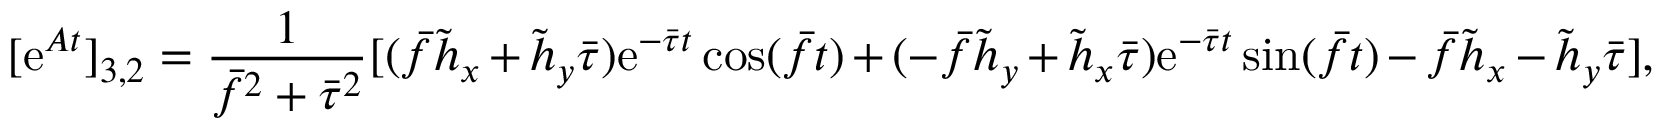
[ \mathrm { e } ^ { \boldsymbol { A } t } ] _ { 3 , 2 } = \frac { 1 } { \bar { f } ^ { 2 } + \bar { \tau } ^ { 2 } } [ ( \bar { f } \tilde { h } _ { x } + \tilde { h } _ { y } \bar { \tau } ) \mathrm { e } ^ { - \bar { \tau } t } \cos ( \bar { f } t ) + ( - \bar { f } \tilde { h } _ { y } + \tilde { h } _ { x } \bar { \tau } ) \mathrm { e } ^ { - \bar { \tau } t } \sin ( \bar { f } t ) - \bar { f } \tilde { h } _ { x } - \tilde { h } _ { y } \bar { \tau } ] ,